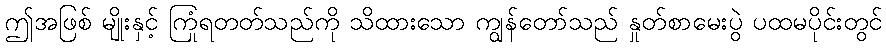
ဤအဖြစ် မျိုးနှင့် ကြုံရတတ်သည်ကို သိထားသော ကျွန်တော်သည် နှုတ်စာမေးပွဲ ပထမပိုင်းတွင်